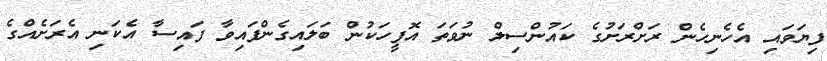
ފިޔަވައި އެހެނިހެން ރަށްރަށުގެ ކައުންސިލް ނުވަތަ އޮފީހަކުން ބަލައިގެންފައިވާ ފައިސާ އެކަނި އެރަށެއްގެ